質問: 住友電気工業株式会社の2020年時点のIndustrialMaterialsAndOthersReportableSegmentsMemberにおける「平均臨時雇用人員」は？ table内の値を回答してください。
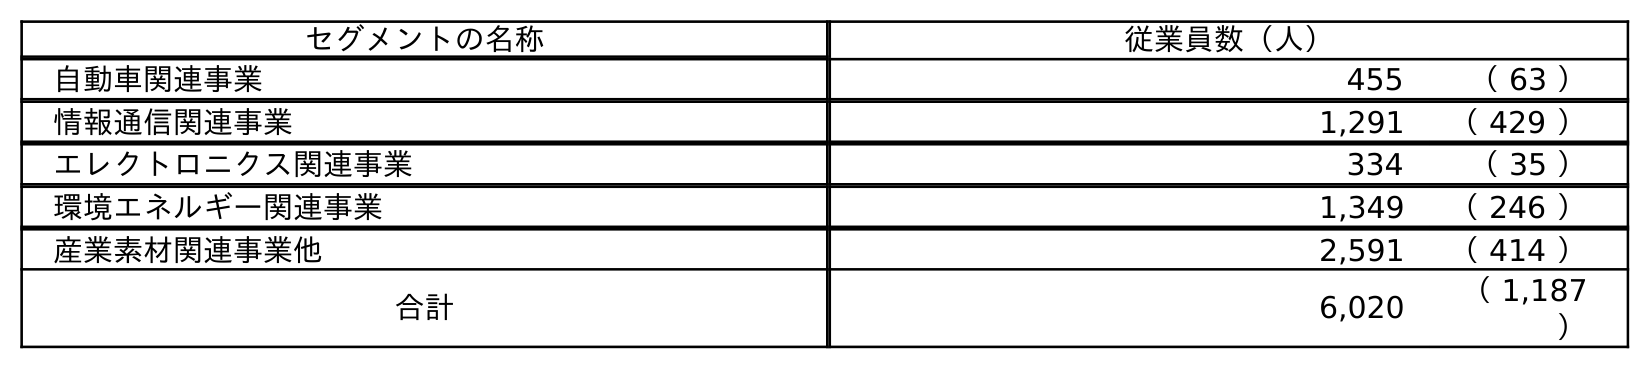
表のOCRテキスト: セグメントの名称 従業員数（人） 自動車関連事業 455 （ 63 ） 情報通信関連事業 1,291 （ 429 ） エレクトロニクス関連事業 334 （ 35 ） 環境エネルギー関連事業 1,349 （ 246 ） 産業素材関連事業他 2,591 （ 414 ） 合計 6,020 （ 1,187 ）
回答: （414）